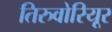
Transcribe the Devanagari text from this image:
तिरुवोरियूर